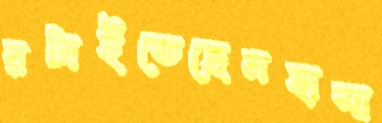
রটাইতেছেনহাসা